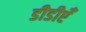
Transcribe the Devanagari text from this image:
डीडीएँ